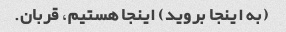
(به اینجا بروید) اینجا هستیم، قربان.